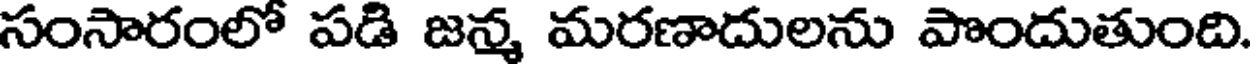
సంసారంలో పడి జన్మ మరణాదులను పొందుతుంది